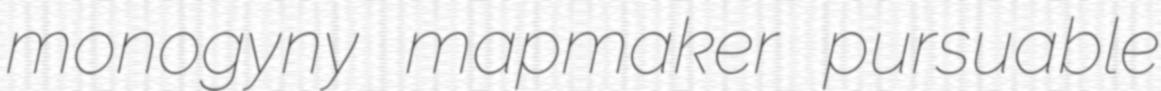
monogyny mapmaker pursuable